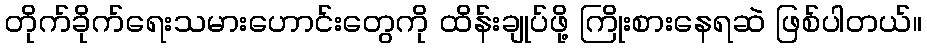
တိုက်ခိုက်ရေးသမားဟောင်းတွေကို ထိန်းချုပ်ဖို့ ကြိုးစားနေရဆဲ ဖြစ်ပါတယ်။